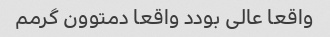
واقعا عالی بودد واقعا دمتوون گرمم